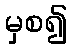
မှစ၍